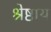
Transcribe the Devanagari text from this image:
श्रेष्ठाय